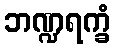
ဘဏ္ဍရက္ခံ